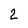
Character: 2